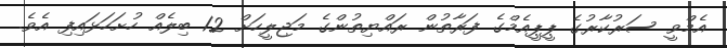
އެމްވީ ސަރުކާރުގެ ޕީޕީއެމްގެ ފަރާތުން ރައްޔިތުންގެ މަޖިލީހަށް 12 ބިލެއް ހުށަހަޅައިިފި އެވެ.